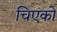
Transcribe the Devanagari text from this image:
चिएको